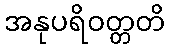
အနုပရိဝတ္တတိ